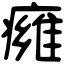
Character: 㿈